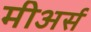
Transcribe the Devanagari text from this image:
मीअर्स